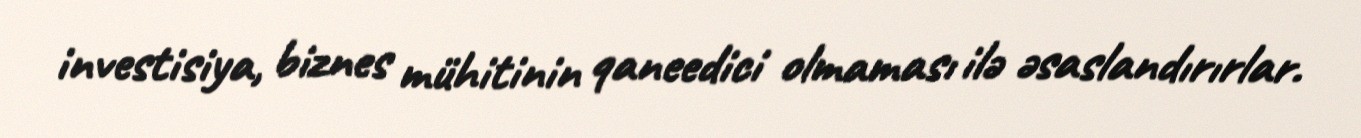
investisiya, biznes mühitinin qaneedici olmaması ilə əsaslandırırlar.